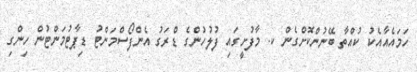
ހަމައެއާއެކު ކުއްތާ ބޭނުންކޮށްގެން ކ. މާފުށީގައި ފުލުހުންގެ ޑްރަގު އެންފޯސްމަންޓު ޑިޕާޓުމަންޓުން ހިންގި